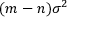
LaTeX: ( m - n ) \sigma ^ { 2 }